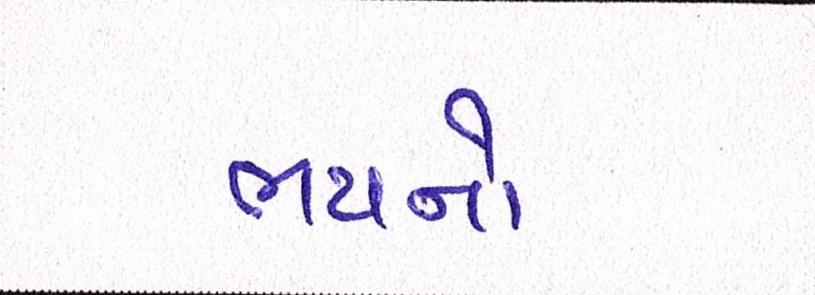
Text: ભયનો